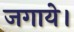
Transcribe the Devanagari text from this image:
जगाये।